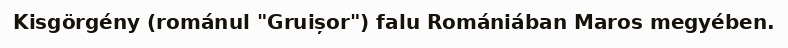
Kisgörgény (románul "Gruișor") falu Romániában Maros megyében.